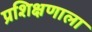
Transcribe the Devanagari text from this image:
प्रशिक्षणाला